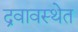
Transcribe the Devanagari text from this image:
द्रवावस्थेत